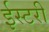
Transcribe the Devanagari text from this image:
ईस्टरी